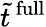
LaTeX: \tilde{t}^{\mathrm{\, full}}